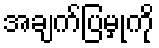
အချက်ပြမှုကို